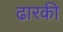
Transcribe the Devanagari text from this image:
ढारकी